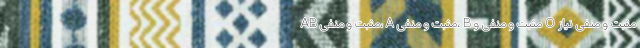
AB مثبت و منفی، A مثبت و منفی، B مثبت و منفی و O مثبت و منفی نیاز